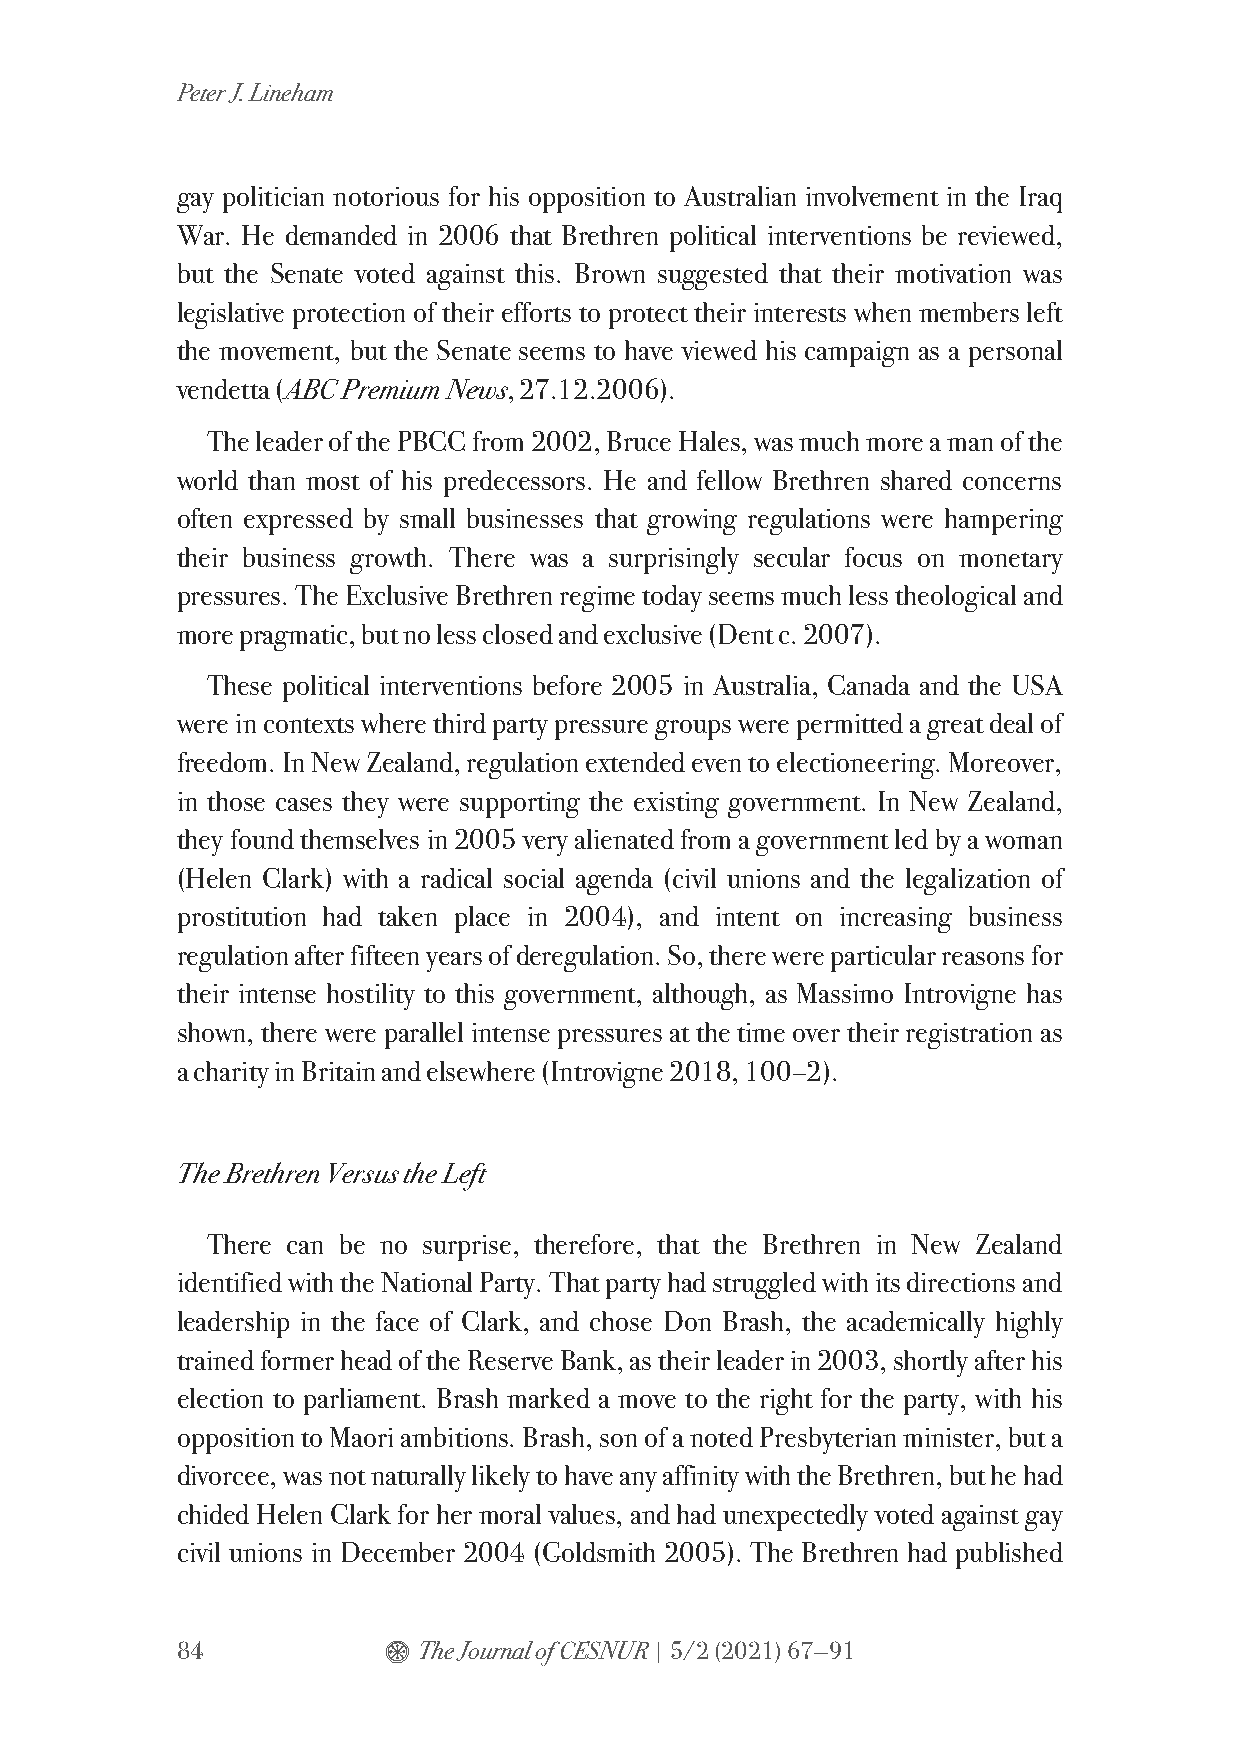
Peter J. Lineham
 gay politician notorious for his opposition to Australian involvement in the Iraq
 War. He demanded in 2006 that Brethren political interventions be reviewed,
 but the Senate voted against this. Brown suggested that their motivation was
 legislative protection of their efforts to protect their interests when members left
 the movement, but the Senate seems to have viewed his campaign as a personal
 vendetta (ABC Premium News, 27.12.2006).
 The leader of the PBCC from 2002, Bruce Hales, was much more a man of the
 world than most of his predecessors. He and fellow Brethren shared concerns
 often expressed by small businesses that growing regulations were hampering
 their business growth. There was a surprisingly secular focus on monetary
 pressures. The Exclusive Brethren regime today seems much less theological and
 more pragmatic, but no less closed and exclusive (Dent c. 2007).
 These political interventions before 2005 in Australia, Canada and the USA
 were in contexts where third party pressure groups were permitted a great deal of
 freedom. In New Zealand, regulation extended even to electioneering. Moreover,
 in those cases they were supporting the existing government. In New Zealand,
 they found themselves in 2005 very alienated from a government led by a woman
 (Helen Clark) with a radical social agenda (civil unions and the legalization of
 prostitution had taken place in 2004), and intent on increasing business
 regulation after fifteen years of deregulation. So, there were particular reasons for
 their intense hostility to this government, although, as Massimo Introvigne has
 shown, there were parallel intense pressures at the time over their registration as
 a charity in Britain and elsewhere (Introvigne 2018, 100–2).
 The Brethren Versus the Left
 There can be no surprise, therefore, that the Brethren in New Zealand
 identified with the National Party. That party had struggled with its directions and
 leadership in the face of Clark, and chose Don Brash, the academically highly
 trained former head of the Reserve Bank, as their leader in 2003, shortly after his
 election to parliament. Brash marked a move to the right for the party, with his
 opposition to Maori ambitions. Brash, son of a noted Presbyterian minister, but a
 divorcee, was not naturally likely to have any affinity with the Brethren, but he had
 chided Helen Clark for her moral values, and had unexpectedly voted against gay
 civil unions in December 2004 (Goldsmith 2005). The Brethren had published
 84           $  The Journal of CESNUR | 5/2 (2021) 67—91